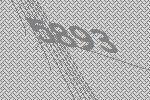
5893